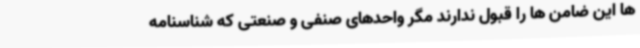
ها این ضامن ها را قبول ندارند مگر واحدهای صنفی و صنعتی که شناسنامه